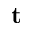
\mathbf { t }